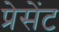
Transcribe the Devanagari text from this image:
प्रेसेंट